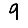
Digit: 9